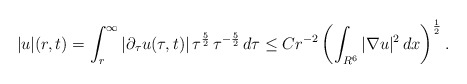
\begin{align*}|u|(r,t)=\int_r^{\infty}|\partial_{\tau}u(\tau,t)|\,\tau^{\frac{5}{2}}\,\tau^{-\frac{5}{2}}\,d\tau\leq Cr^{-2}\left(\int_{R^6}|\nabla u|^2\,dx\right)^{\frac{1}{2}}.\end{align*}